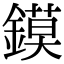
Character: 鏌